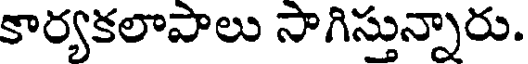
కార్యకలాపాలు సాగిస్తున్నారు.